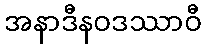
အနာဒီနဝဒဿာဝီ